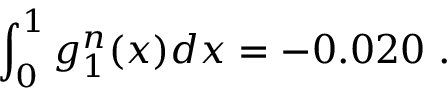
\int _ { 0 } ^ { 1 } g _ { 1 } ^ { n } ( x ) d x = - 0 . 0 2 0 \ .